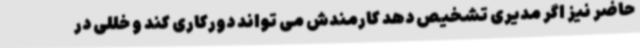
حاضر نیز اگر مدیری تشخیص دهد کارمندش می تواند دورکاری کند و خللی در